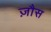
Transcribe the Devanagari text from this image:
ज़ौस